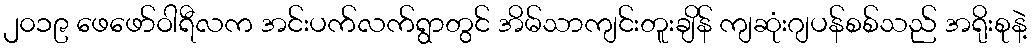
၂၀၁၉ ဖေဖော်ဝါရီလက အင်းပက်လက်ရွာတွင် အိမ်သာကျင်းတူးချိန် ကျဆုံးဂျပန်စစ်သည် အရိုးစုနဲ့